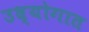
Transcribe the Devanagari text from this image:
उध्योगात